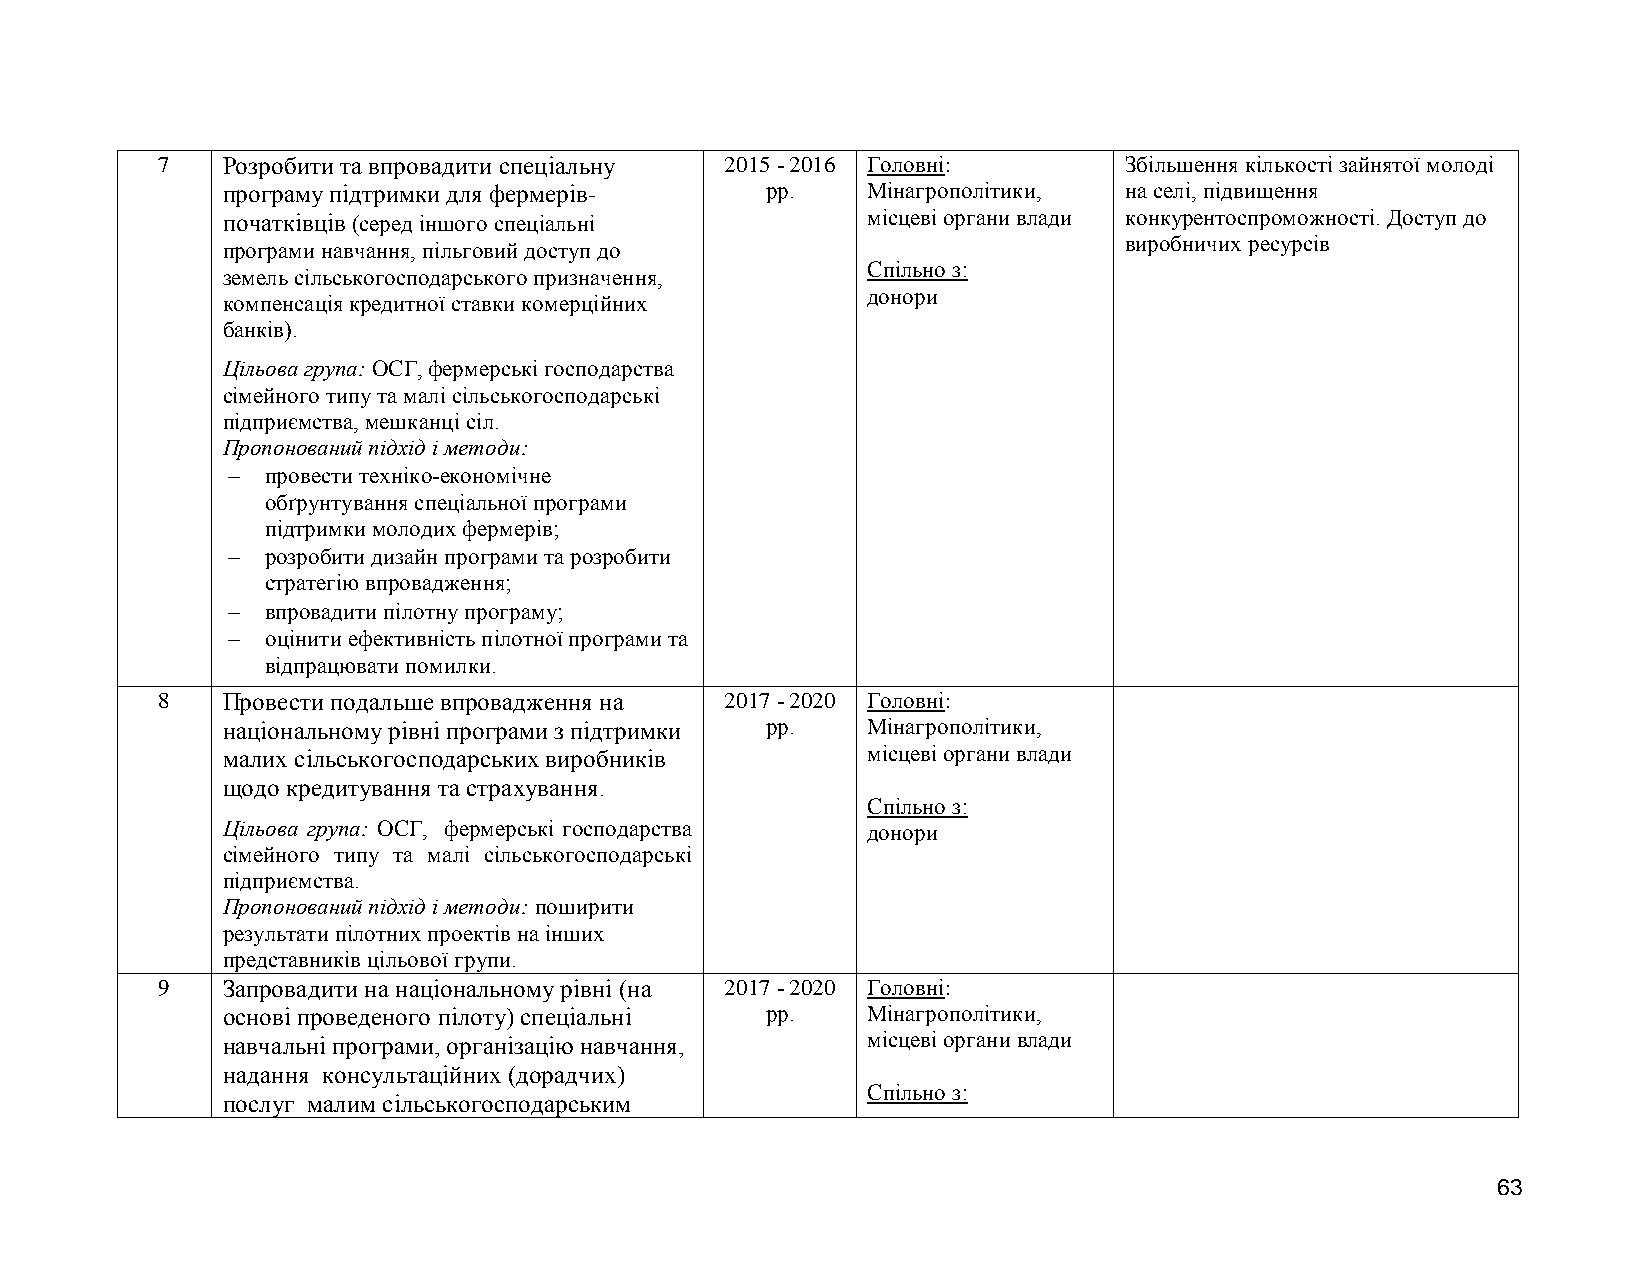
7    Розробити та впровадити спеціальну 2015 - 2016 Головні:    Збільшення кількості зайнятої молоді
 програму підтримки для фермерів-    рр.   Мінагрополітики, на селі, підвищення
 початківців (серед іншого спеціальні      місцеві органи влади конкурентоспроможності. Доступ до
 виробничих ресурсів
 програми навчання, пільговий доступ до
 Спільно з:
 земель сільськогосподарського призначення,
 донори
 компенсація кредитної ставки комерційних
 банків).
 Цільова група: ОСГ, фермерські господарства
 сімейного типу та малі сільськогосподарські
 підприємства, мешканці сіл.
 Пропонований підхід і методи:
   провести техніко-економічне
 обґрунтування спеціальної програми
 підтримки молодих фермерів;
   розробити дизайн програми та розробити
 стратегію впровадження;
   впровадити пілотну програму;
   оцінити ефективність пілотної програми та
 відпрацювати помилки.
 8    Провести подальше впровадження на 2017 - 2020 Головні:
 національному рівні програми з підтримки рр. Мінагрополітики,
 малих сільськогосподарських виробників    місцеві органи влади
 щодо кредитування та страхування.
 Спільно з:
 Цільова група: ОСГ, фермерські господарства донори
 сімейного типу та малі сільськогосподарські
 підприємства.
 Пропонований підхід і методи: поширити
 результати пілотних проектів на інших
 представників цільової групи.
 9    Запровадити на національному рівні (на 2017 - 2020 Головні:
 основі проведеного пілоту) спеціальні рр. Мінагрополітики,
 навчальні програми, організацію навчання, місцеві органи влади
 надання консультаційних (дорадчих)
 Спільно з:
 послуг малим сільськогосподарським
 63